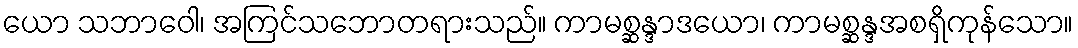
ယော သဘာဝေါ၊ အကြင်သဘောတရားသည်။ ကာမစ္ဆန္ဒာဒယော၊ ကာမစ္ဆန္ဒအစရှိကုန်သော။